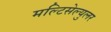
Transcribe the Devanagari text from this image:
मल्टिसेल्युलर